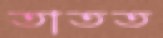
তাতত